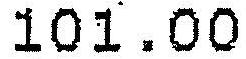
101.00